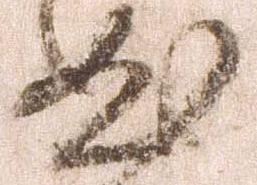
曲